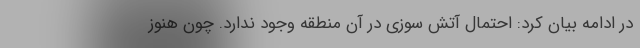
در ادامه بیان کرد: احتمال آتش سوزی در آن منطقه وجود ندارد. چون هنوز